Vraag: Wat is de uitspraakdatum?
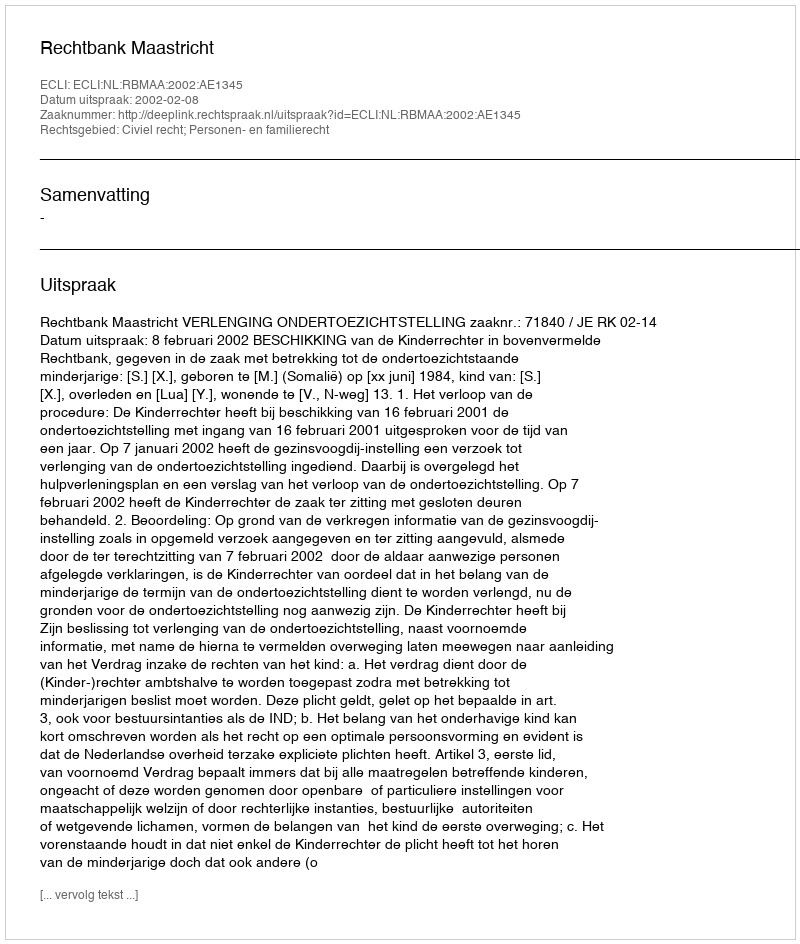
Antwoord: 2002-02-08